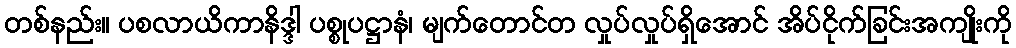
တစ်နည်း။ ပစလာယိကာနိဒ္ဒါ ပစ္စုပဋ္ဌာနံ၊ မျက်တောင်တ လှုပ်လှုပ်ရှိအောင် အိပ်ငိုက်ခြင်းအကျိုးကို